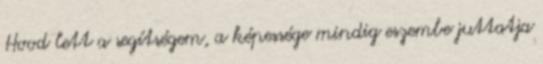
Hood lett a segítségem, a képessége mindig eszembe juttatja